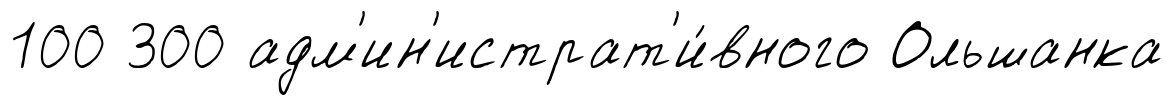
100 300 адм'ин'истрат'и́вного Ольшанка